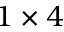
1 \times 4